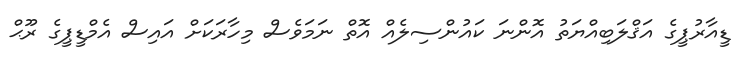
ޑީއާރުޕީގެ އަޤްލަބިއްޔަތު އޮންނަ ކައުންސިލެއް އޮތް ނަމަވެސް މިހާރަކަށް އައިސް އެމްޑީޕީގެ ރޫޙް